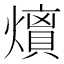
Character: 𭶘